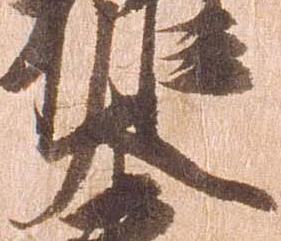
大